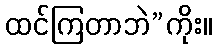
ထင်ကြတာဘဲ”ကိုး။